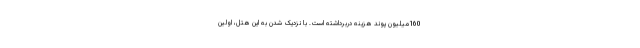
160میلیون پوند هزینه دربرداشته است. با نزدیک شدن به این هتل، اولین